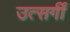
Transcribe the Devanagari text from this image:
उत्सर्गीं